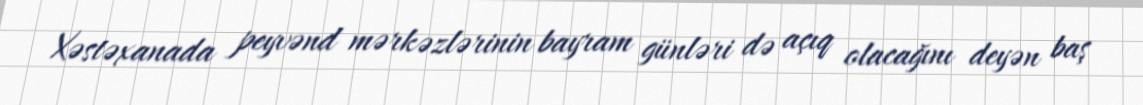
Xəstəxanada peyvənd mərkəzlərinin bayram günləri də açıq olacağını deyən baş